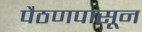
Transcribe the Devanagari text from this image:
पैठणपासून